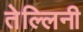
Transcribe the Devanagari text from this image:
तेल्लिनी